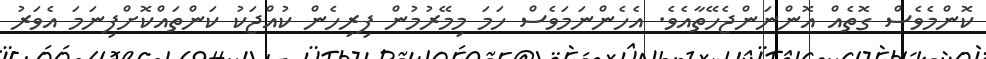
ކޮންމެވެސް ގޮތެއް އޮންނަންޖެހޭތާއެވެ. އެހެންނަމަވެސް ހަމަ މިމޭރުމުން ފިރިހެން ކުއްޖަކު ކަންތައްކޮށްފިނަމަ އެވަރު